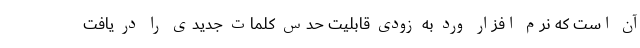
آن است که نرم افزار ورد به زودی قابلیت حدس کلمات جدیدی را در یافت